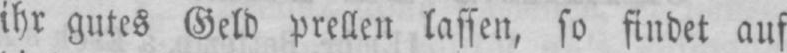
ihr gutes Geld prellen lassen, so findet auf